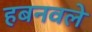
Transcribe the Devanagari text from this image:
हबनवले